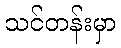
သင်တန်းမှာ